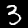
Digit: 3